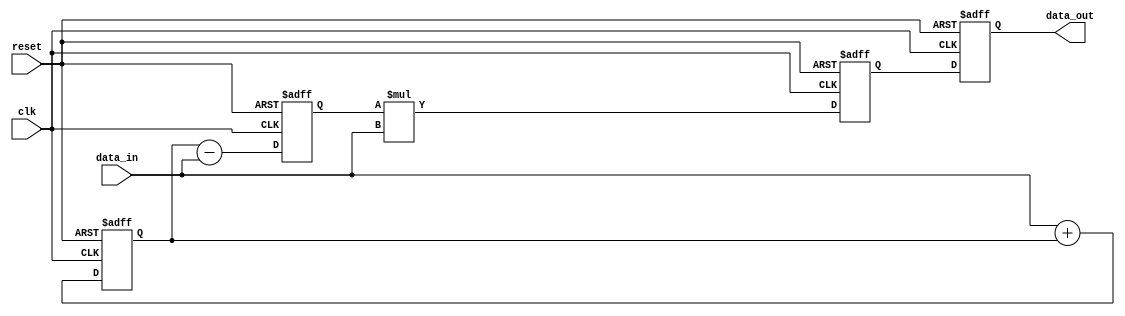
module PipelineAccumulator (
    input wire clk,
    input wire reset,
    input wire [31:0] data_in,
    output reg [31:0] data_out
);

reg [31:0] stage1_out;
reg [31:0] stage2_out;
reg [31:0] stage3_out;

always @(posedge clk or posedge reset) begin
    if (reset) begin
        stage1_out <= 0;
        stage2_out <= 0;
        stage3_out <= 0;
        data_out <= 0;
    end else begin
        // Stage 1: Addition
        stage1_out <= data_in + stage1_out;

        // Stage 2: Subtraction
        stage2_out <= stage1_out - data_in;

        // Stage 3: Multiplication
        stage3_out <= stage2_out * data_in;

        // Final result
        data_out <= stage3_out;
    end
end

endmodule